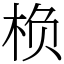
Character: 㭥